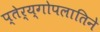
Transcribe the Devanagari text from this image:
प्तेर्य्गोपलातिने